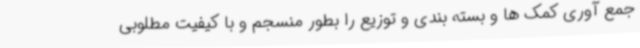
جمع آوری کمک ها و بسته بندی و توزیع را بطور منسجم و با کیفیت مطلوبی